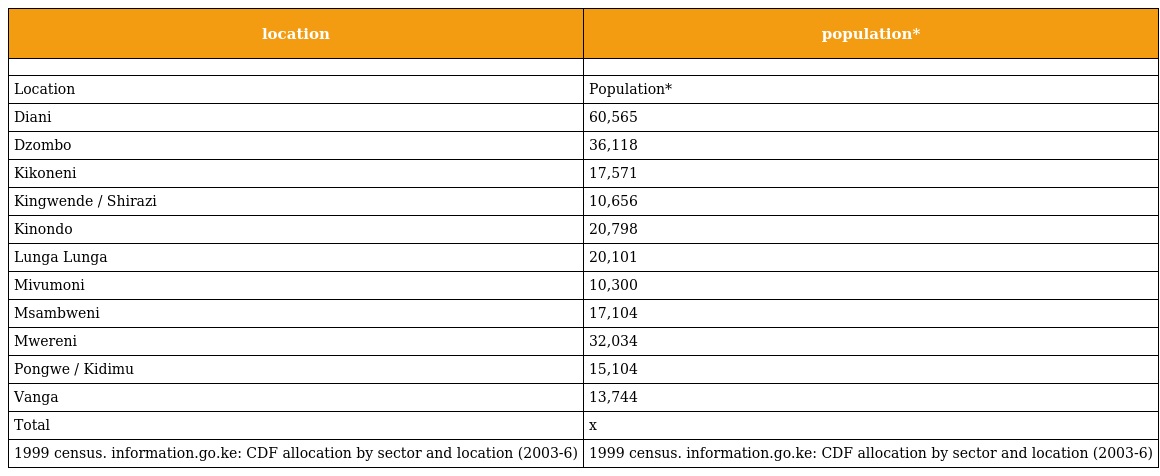
| location | population* |
 | --- | --- |
 |  |  |
 | Location | Population* |
 | Diani | 60,565 |
 | Dzombo | 36,118 |
 | Kikoneni | 17,571 |
 | Kingwende / Shirazi | 10,656 |
 | Kinondo | 20,798 |
 | Lunga Lunga | 20,101 |
 | Mivumoni | 10,300 |
 | Msambweni | 17,104 |
 | Mwereni | 32,034 |
 | Pongwe / Kidimu | 15,104 |
 | Vanga | 13,744 |
 | Total | x |
 | 1999 census. information.go.ke: CDF allocation by sector and location (2003-6) | 1999 census. information.go.ke: CDF allocation by sector and location (2003-6) |